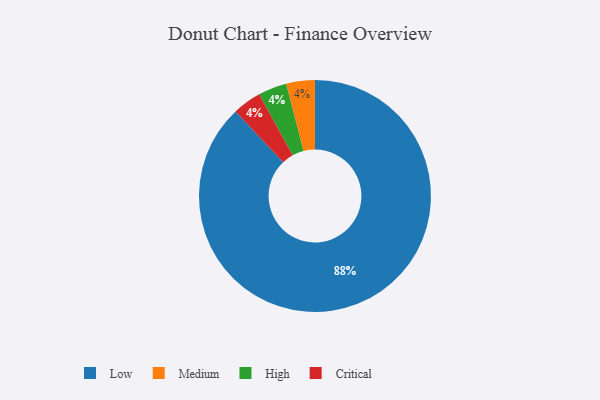
{"axis": {"x": "Category", "y": "Percentage"}, "legend": ["Critical", "High", "Low", "Medium"], "data": [{"x": "Medium", "y": 4, "type": "Medium"}, {"x": "Low", "y": 88, "type": "Low"}, {"x": "High", "y": 4, "type": "High"}, {"x": "Critical", "y": 4, "type": "Critical"}]}